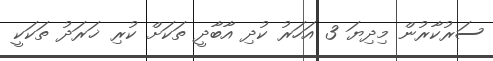
ސަރުކާރުން މިދިޔަ 3 އަހަރު ކުދި އާބާދީ ތަކަށް ކުރި ޚަަރަދު ތަކަކީ